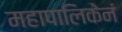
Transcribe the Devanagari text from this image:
महापालिकेनं